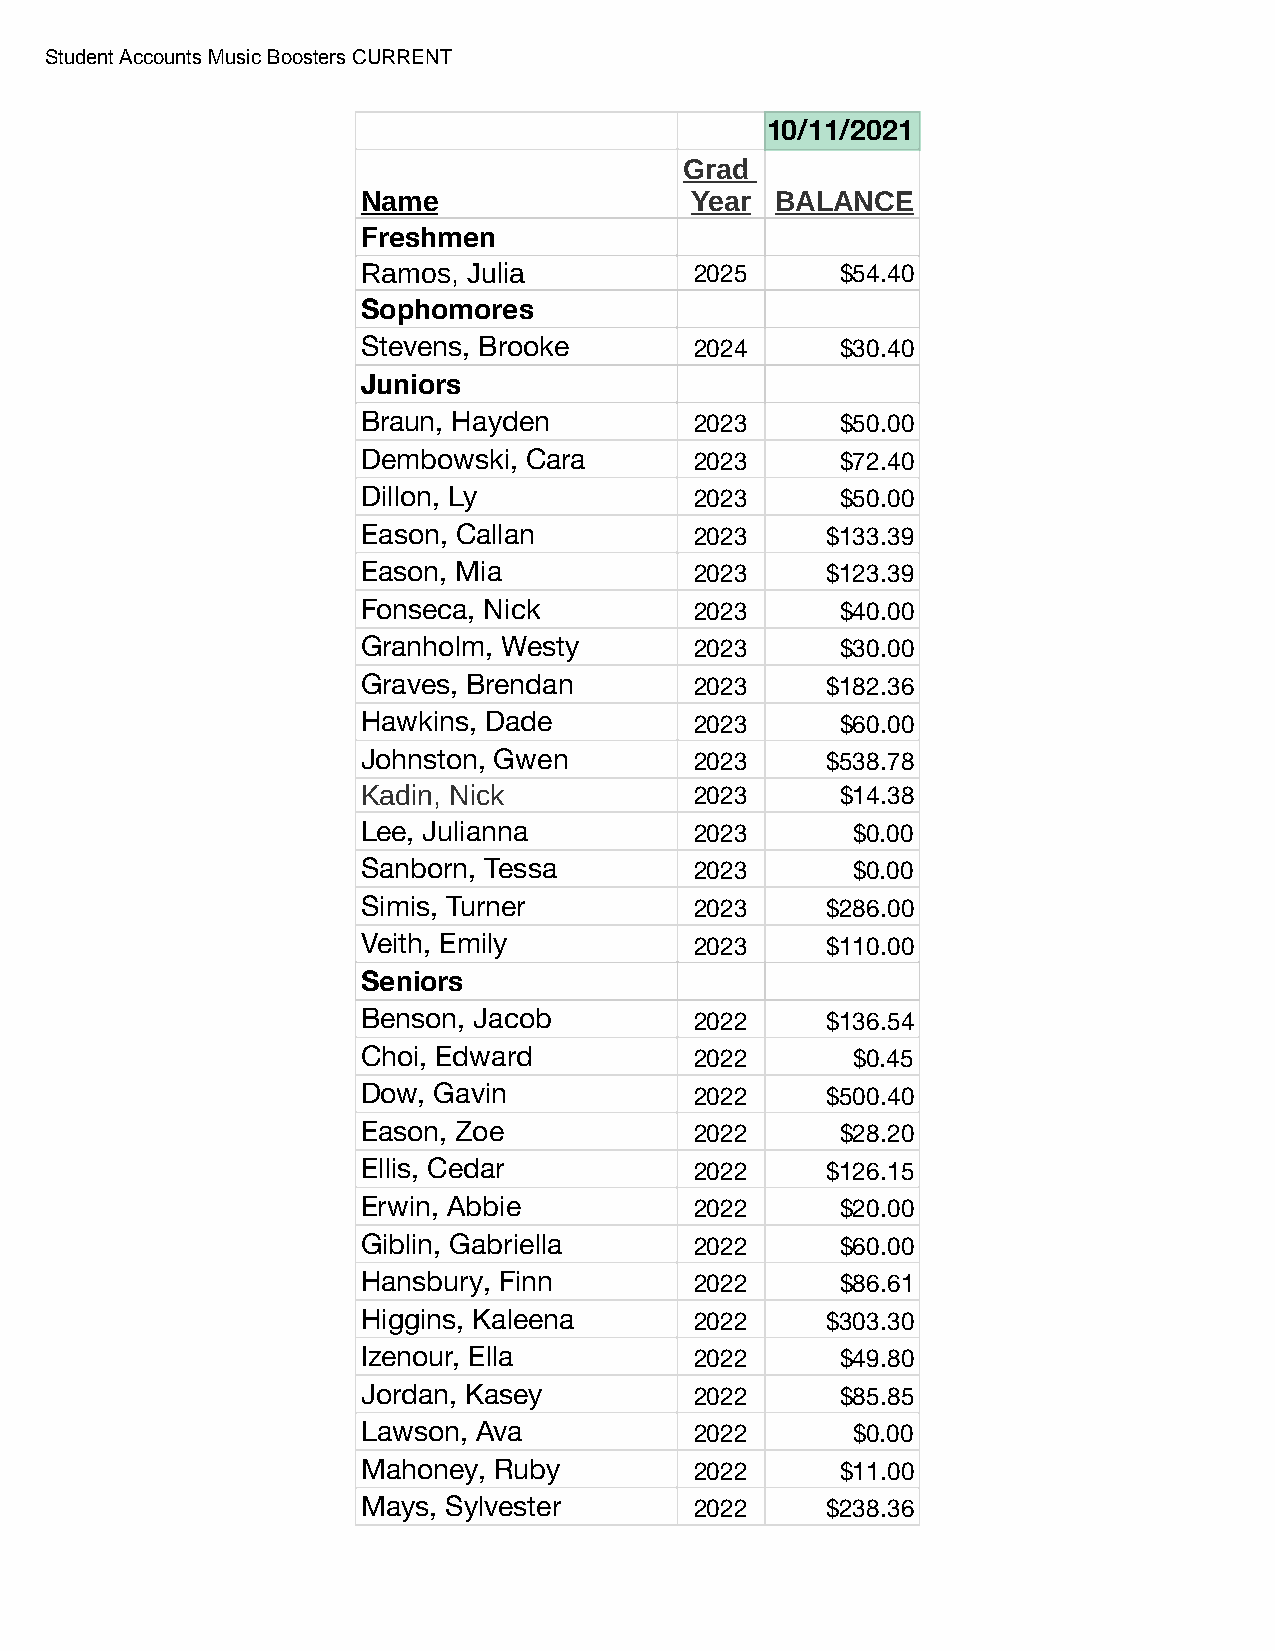
Student Accounts Music Boosters CURRENT
 10/11/2021
 Grad
 Name                  Year BALANCE
 Freshmen
 Ramos, Julia          2025      $54.40
 Sophomores
 Stevens, Brooke       2024      $30.40
 Juniors
 Braun, Hayden         2023      $50.00
 Dembowski, Cara       2023      $72.40
 Dillon, Ly            2023      $50.00
 Eason, Callan         2023     $133.39
 Eason, Mia            2023     $123.39
 Fonseca, Nick         2023      $40.00
 Granholm, Westy       2023      $30.00
 Graves, Brendan       2023     $182.36
 Hawkins, Dade         2023      $60.00
 Johnston, Gwen        2023     $538.78
 Kadin, Nick           2023      $14.38
 Lee, Julianna         2023      $0.00
 Sanborn, Tessa        2023      $0.00
 Simis, Turner         2023     $286.00
 Veith, Emily          2023     $110.00
 Seniors
 Benson, Jacob         2022     $136.54
 Choi, Edward          2022      $0.45
 Dow, Gavin            2022     $500.40
 Eason, Zoe            2022      $28.20
 Ellis, Cedar          2022     $126.15
 Erwin, Abbie          2022      $20.00
 Giblin, Gabriella     2022      $60.00
 Hansbury, Finn        2022      $86.61
 Higgins, Kaleena      2022     $303.30
 Izenour, Ella         2022      $49.80
 Jordan, Kasey         2022      $85.85
 Lawson, Ava           2022      $0.00
 Mahoney, Ruby         2022      $11.00
 Mays, Sylvester       2022     $238.36